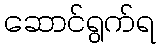
ဆောင်ရွက်ရ